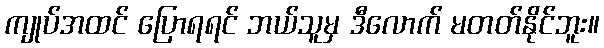
ကျုပ်အထင် ပြောရရင် ဘယ်သူမှ ဒီလောက် မတတ်နိုင်ဘူး။